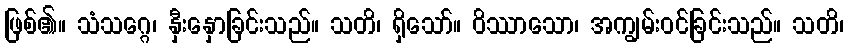
ဖြစ်၏။ သံသဂ္ဂေ၊ နှီးနှောခြင်းသည်။ သတိ၊ ရှိသော်။ ဝိဿာသော၊ အကျွမ်းဝင်ခြင်းသည်။ သတိ၊